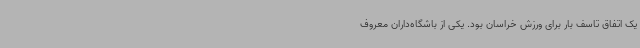
یک اتفاق تاسف بار برای ورزش خراسان بود. یکی از باشگاه‌داران معروف